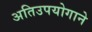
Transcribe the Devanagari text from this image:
अतिउपयोगाने